Lunatic asylums in Bengal annual reports 1888-1898 - 1888-1898
Year: 1888
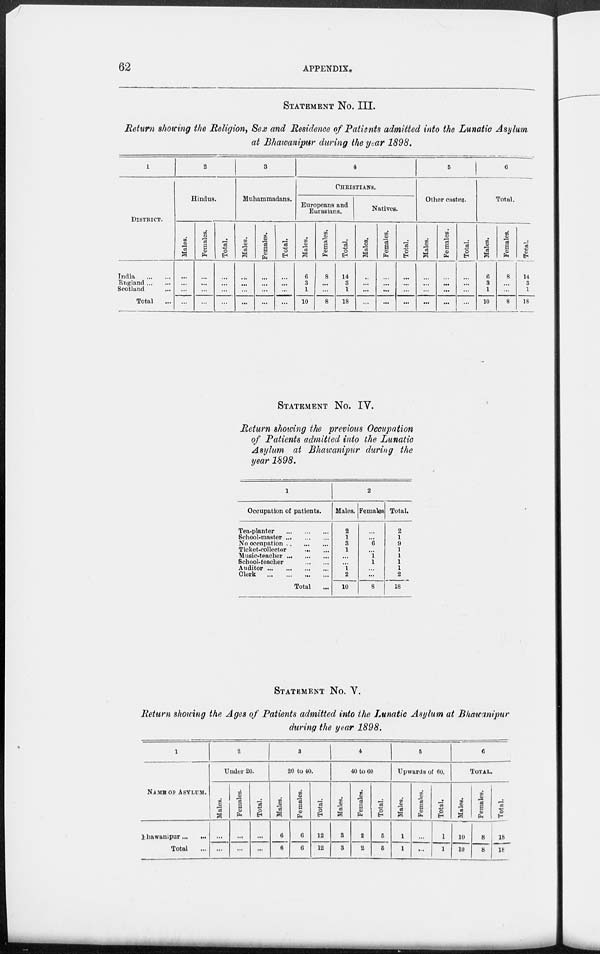
62
APPENDIX.
STATEMENT No. III.
Return showing the Religion, Sex and Residence of Patients admitted into the Lunatic Asylum
at Bhawanipur during the year 1898.
1
DISTRICT.
India ... ...
England ... ...
Scotland ...
Total ...
2
Hindus.
Males.
...
...
...
...
Females.
...
...
...
...
Total.
...
...
...
...
3
Muhammadans.
Males.
...
...
...
...
Females.
...
...
...
...
Total.
...
...
...
...
4
CHRISTIANS.
Europeans and
Eurasians.
Males.
6
3
1
10
Females.
8
...
...
8
Total.
14
3
1
18
Natives.
Males.
...
...
...
...
Females.
...
...
...
...
Total.
...
...
...
...
5
Other castes.
Males.
...
...
...
...
Females.
...
...
...
...
Total.
...
...
...
...
6
Total.
Males.
6
3
1
10
Females.
8
...
...
8
Total.
14
3
1
18
STATEMENT No. IV.
Return showing the previous Occupation
of Patients admitted into the Lunatic
Asylum at Bhawanipur during the
year 1898.
1
Occupation of patients.
Tea-planter ... ... ...
School-master
...
...
...
No occupation
...
...
...
Ticket-collector ... ...
Music-teacher
...
...
...
School-teacher
...
...
Auditor
...
...
...
...
Clerk ... ... ... ...
Total ...
2
Males.
2
1
3
1
...
...
1
2
10
Females
...
...
6
...
1
1
...
...
8
Total.
2
1
9
1
1
1
1
2
18
STATEMENT No. V.
Return showing the Ages of Patients admitted into the Lunatic Asylum at Bhawanipur
during the year 1898.
1
NAME OF ASYLUM.
Bhawanipur ... ...
Total ...
2
Under 20.
Males.
...
...
Females.
...
...
Total.
...
...
3
20 to 40.
Males.
6
6
Females.
6
6
Total.
12
12
4
40 to 60
Males.
3
3
Females.
2
2
Total.
5
5
5
Upwards of 60.
Males.
1
1
Females.
...
...
Total.
1
1
6
TOTAL.
Males.
10
10
Females.
8
8
Total.
18
18